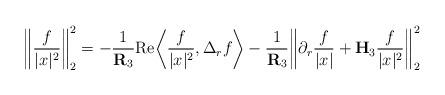
LaTeX: \begin{align*}\bigg\| \frac{f}{|x|^2} \bigg\|_{2}^2 = -\frac{1}{\mathbf{R}_{3}} \mathrm{Re} \bigg\langle \frac{f}{|x|^2} , \Delta_r f \bigg\rangle - \frac{1}{\mathbf{R}_{3}} \bigg\|\partial_r \frac{f}{|x|} + \mathbf{H}_{3} \frac{f}{|x|^2} \bigg\|_{2}^2\end{align*}